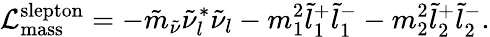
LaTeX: {\cal L}_{\mathrm{mass}}^{\mathrm{slepton}}=-\tilde{m}_{\tilde{\nu}}\tilde{\nu}_{l}^{*}\tilde{\nu}_{l}-m_{1}^{2}\tilde{l}_{1}^{+}\tilde{l}_{1}^{-}-m_{2}^{2}\tilde{l}_{2}^{+}\tilde{l}_{2}^{-}.